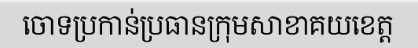
ចោទប្រកាន់ប្រធានក្រុមសាខាគយខេត្ត